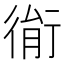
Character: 𢔮